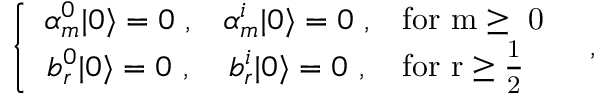
\left\{ \begin{array} { c c l } { { \alpha _ { m } ^ { 0 } | 0 \rangle = 0 ~ , } } & { { \alpha _ { m } ^ { i } | 0 \rangle = 0 ~ , } } & { { \mathrm { f o r ~ m \geq ~ 0 ~ } } } \\ { { b _ { r } ^ { 0 } | 0 \rangle = 0 ~ , } } & { { b _ { r } ^ { i } | 0 \rangle = 0 ~ , } } & { { \mathrm { f o r ~ r \geq \frac { 1 } { 2 } ~ } } } \end{array} \right. ~ ,